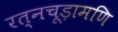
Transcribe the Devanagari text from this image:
रत्नचूड़ामणि